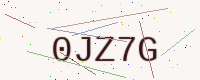
Text: 0JZ7G